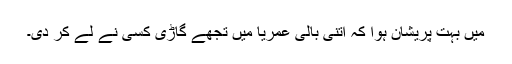
میں بہت پریشان ہوا کہ اتنی بالی عمریا میں تجھے گاڑی کسی نے لے کر دی۔